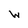
Character: W